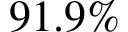
9 1 . 9 \%